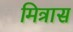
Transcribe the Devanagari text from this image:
मित्रास